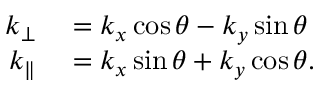
\begin{array} { r l } { k _ { \bot } } & { { } = k _ { x } \cos \theta - k _ { y } \sin \theta } \\ { k _ { \parallel } } & { { } = k _ { x } \sin \theta + k _ { y } \cos \theta . } \end{array}